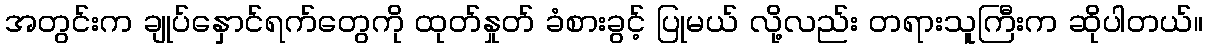
အတွင်းက ချုပ်နှောင်ရက်တွေကို ထုတ်နှုတ် ခံစားခွင့် ပြုမယ် လို့လည်း တရားသူကြီးက ဆိုပါတယ်။